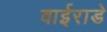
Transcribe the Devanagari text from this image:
वाईराडे